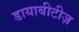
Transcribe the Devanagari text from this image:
डायाबीटीज़